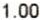
1.00